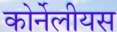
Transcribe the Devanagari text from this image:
कोर्नेलीयस